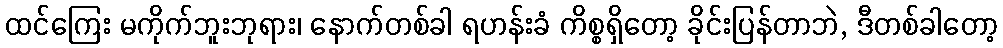
ထင်ကြေး မကိုက်ဘူးဘုရား၊ နောက်တစ်ခါ ရဟန်းခံ ကိစ္စရှိတော့ ခိုင်းပြန်တာဘဲ, ဒီတစ်ခါတော့